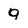
Character: 9